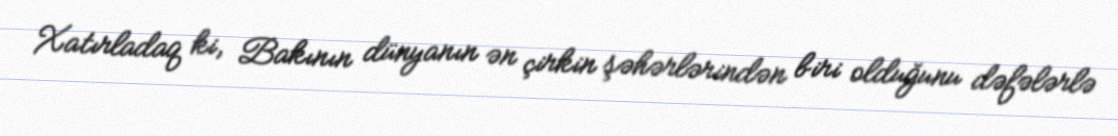
Xatırladaq ki, Bakının dünyanın ən çirkin şəhərlərindən biri olduğunu dəfələrlə